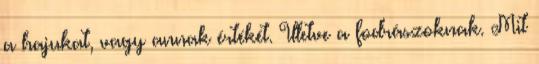
a hajukat, vagy annak értékét. Illetve a fodrászoknak. Mit